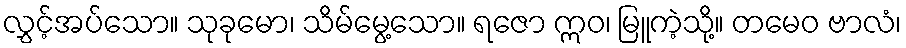
လွှင့်အပ်သော။ သုခုမော၊ သိမ်မွေ့သော။ ရဇော ဣဝ၊ မြူကဲ့သို့။ တမေဝ ဗာလံ၊